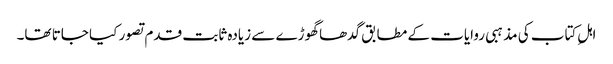
اہلِ کتاب کی مذہبی روایات کے مطابق گدھا گھوڑے سے زیادہ ثابت قدم تصور کیا جاتا تھا۔